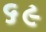
૬૯